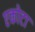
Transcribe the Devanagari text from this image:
एकोटा